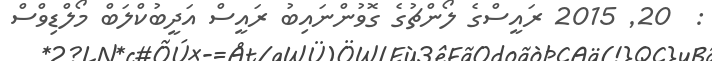
:  20